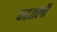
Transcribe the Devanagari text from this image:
चढतली